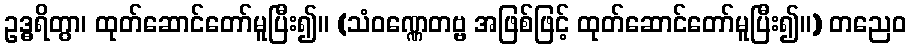
ဥဒ္ဓရိတွာ၊ ထုတ်ဆောင်တော်မူပြီး၍။ (သံဝဏ္ဏေတဗ္ဗ အဖြစ်ဖြင့် ထုတ်ဆောင်တော်မူပြီး၍။) တညေဝ